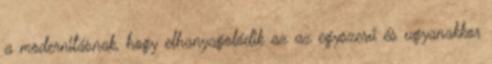
a modernitásnak, hogy elhanyagolódik az az egyszerű és ugyanakkor